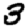
Digit: 3